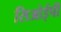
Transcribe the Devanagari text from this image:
सिओईपी